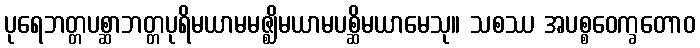
ပုရေဘတ္တပစ္ဆာဘတ္တပုရိမယာမမဇ္ဈိမယာမပစ္ဆိမယာမေသု။ သစဿ အပစ္စဝေက္ခတောဝ